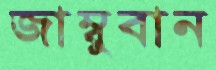
জাম্বুবান